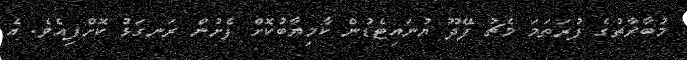
މުބާރާތުގެ ފުރަތަމަ މެޗު ފޭދޫ ޔުނައިޓެޑުން ކާމިޔާބުކޮށް ފެށުން ރަނގަޅު ކޮށްފިއެވެ. އެ